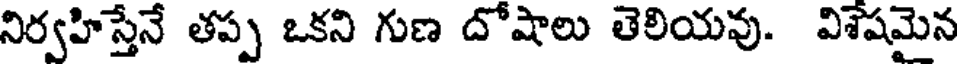
నిర్వహిస్తేనే తప్ప ఒకని గుణ దోషాలు తెలియవు. విశేషమైన